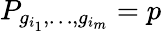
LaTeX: P_{g_{i_{1}},\dots,g_{i_{m}}}=p